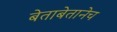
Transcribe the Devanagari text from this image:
बेताबेतानेच